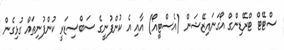
ސްޓޭޓް ޓްރޭޑިންގް އޯގަނައިޒޭޝަން (އެސްޓީއޯ) އާއި އެ ކުންފުނީގެ ސަބްސިޑަރީ ކުންފުނިތައް ގުޅިގެން